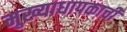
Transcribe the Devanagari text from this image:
मुख्याधापकाची